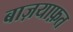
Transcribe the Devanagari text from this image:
बाज़याफ़त